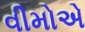
વીમોએ